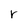
Character: r